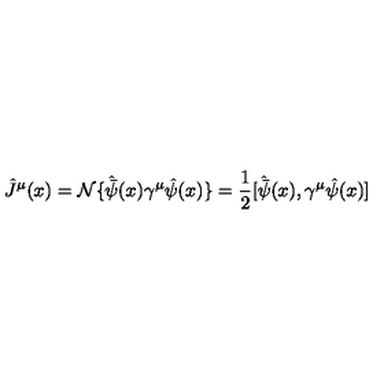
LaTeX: { \hat { J } } ^ { \mu } ( x ) = { \cal N } \{ { \hat { \bar { \psi } } } ( x ) \gamma ^ { \mu } { \hat { \psi } } ( x ) \} = \frac { 1 } { 2 } [ { \hat { \bar { \psi } } } ( x ) , \gamma ^ { \mu } { \hat { \psi } } ( x ) ]